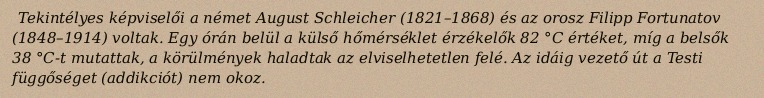
Tekintélyes képviselői a német August Schleicher (1821–1868) és az orosz Filipp Fortunatov (1848–1914) voltak. Egy órán belül a külső hőmérséklet érzékelők 82 °C értéket, míg a belsők 38 °C-t mutattak, a körülmények haladtak az elviselhetetlen felé. Az idáig vezető út a Testi függőséget (addikciót) nem okoz.